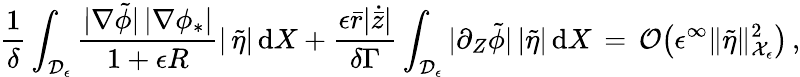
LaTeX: \frac{1}{\delta}\int_{\mathcal{D}_{\epsilon}}\frac{|\nabla\tilde{\phi}|\, |\nabla\phi_{*}|}{1+\epsilon R}|\, \tilde{\eta}|\, \mathrm{d}X+\frac{\epsilon\bar{r}|\dot{\bar{z}}|}{\delta\Gamma}\int_{\mathcal{D}_{\epsilon}}|\partial_{Z}\tilde{\phi}|\, |\tilde{\eta}|\, \mathrm{d}X\, =\, \mathcal{O}\bigl(\epsilon^{\infty}\| \tilde{\eta}\| _{\mathcal{X}_{\epsilon}}^{2}\bigr)\, ,